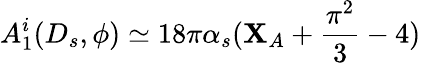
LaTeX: A_{1}^{i}(D_{s},\phi)\simeq18\pi\alpha_{s}(\mathbf{X}_{A}+\frac{{\pi^{2}}}{{3}}-4)